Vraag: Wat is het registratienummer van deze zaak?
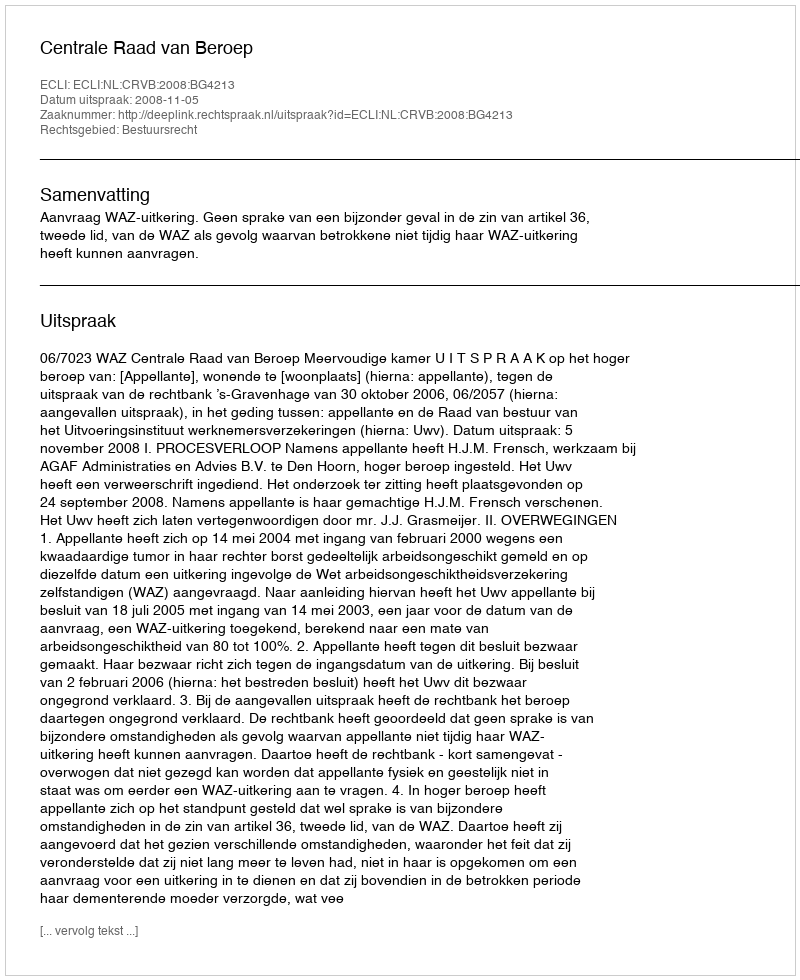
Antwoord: http://deeplink.rechtspraak.nl/uitspraak?id=ECLI:NL:CRVB:2008:BG4213